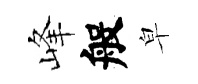
峰般皁